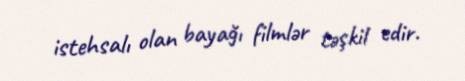
istehsalı olan bayağı filmlər təşkil edir.